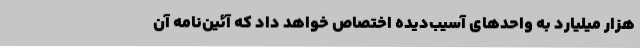
هزار میلیارد به واحدهای آسیب‌دیده اختصاص خواهد داد که آئین‌نامه آن